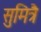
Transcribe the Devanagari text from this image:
सुमित्रै